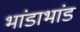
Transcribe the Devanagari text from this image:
भांडाभांड